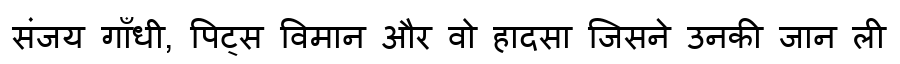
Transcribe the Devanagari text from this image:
संजय गाँधी, पिट्स विमान और वो हादसा जिसने उनकी जान ली